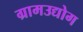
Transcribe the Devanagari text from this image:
ग्रामउद्योग